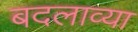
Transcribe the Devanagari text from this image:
बदलाव्या